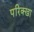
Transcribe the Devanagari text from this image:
परिक्खा